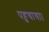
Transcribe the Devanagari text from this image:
पहुचाया।